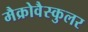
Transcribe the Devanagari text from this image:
मैक्रोवैस्कुलर